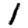
Digit: 1